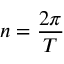
n = { \frac { 2 \pi } { T } }